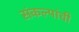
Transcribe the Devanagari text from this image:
संकल्पांची